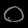
Digit: ၀